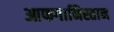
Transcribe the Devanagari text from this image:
आफगानिस्तान